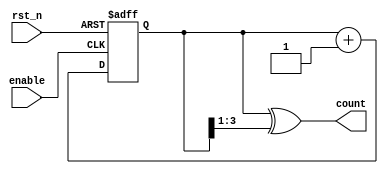
module gray_code_async_counter (
    input wire rst_n,         // Active low reset
    input wire enable,        // Enable signal to start counting
    output reg [n-1:0] count  // n-bit Gray code output
);
    parameter n = 4; // Number of bits for the Gray code counter

    // Internal state representation
    reg [n-1:0] bin_count;

    // Function to convert binary to Gray code
    function [n-1:0] bin_to_gray;
        input [n-1:0] bin;
        begin
            bin_to_gray = bin ^ (bin >> 1);
        end
    endfunction

    // Asynchronous counter process
    always @(posedge enable or negedge rst_n) begin
        if (!rst_n) begin
            bin_count <= 0;  // Initialize binary counter to 0
        end else begin
            bin_count <= bin_count + 1; // Increment binary counter
        end
    end

    // Gray code logic
    always @(bin_count) begin
        count <= bin_to_gray(bin_count); // Convert to Gray code
    end
endmodule